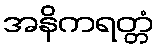
အနိကရတ္တံ